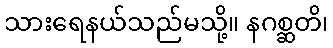
သားရေနယ်သည်မသို့။ နဂစ္ဆတိ၊